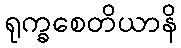
ရုက္ခစေတိယာနိ